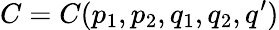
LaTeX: C=C(p_{1},p_{2},q_{1},q_{2},q^{\prime})